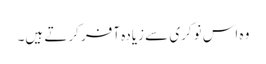
وہ اس نوکری سے زیادہ آفر کرتے ہیں۔